Burma Government Medical School reports 1923-41
Year: 1923
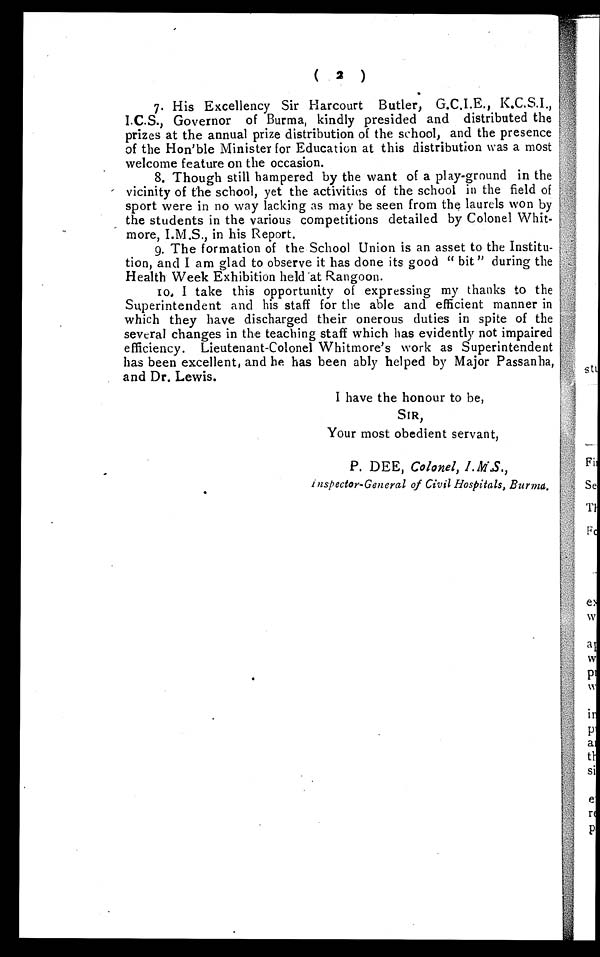
( 2 )
7. His Excellency Sir Harcourt Butler, G.C.I.E., K.C.S.I.,
I.C.S., Governor of Burma, kindly presided and distributed the
prizes at the annual prize distribution of the school, and the presence
of the Hon'ble Minister for Education at this distribution was a most
welcome feature on the occasion.
8. Though still hampered by the want of a play-ground in the
vicinity of the school, yet the activities of the school in the field of
sport were in no way lacking as may be seen from the laurels won by
the students in the various competitions detailed by Colonel Whit
-more, I.M.S., in his Report.
9. The formation of the School Union is an asset to the Institu
- t i o n , a n d I a m g l a d t o o b s e r v e i t h a s d o n e i t s g o o d " b i t " d u r i n g t h e
Health Week Exhibition held at Rangoon.
10. I take this opportunity of expressing my thanks to the
Superintendent and his staff for the able and efficient manner in
which they have discharged their onerous duties in spite of the
several changes in the teaching staff which has evidently not impaired
efficiency. Lieutenant-Colonel Whitmore's work as Superintendent
has been excellent, and he has been ably helped by Major Passanha,
and Dr. Lewis.
I have the honour to be,
SIR,
Your most obedient servant,
P. DEE, Colonel, I.M.S.,
Inspector-General of Civil Hospitals, Burma
.